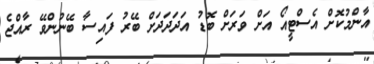
އާންމުކޮށް އެސްޓީއޯ އަށް ވަރަށް ބޮޑު އަދަދަދަށް ބޭރު ފައިސާ ބޭނުންވޭ ރާއްޖެ